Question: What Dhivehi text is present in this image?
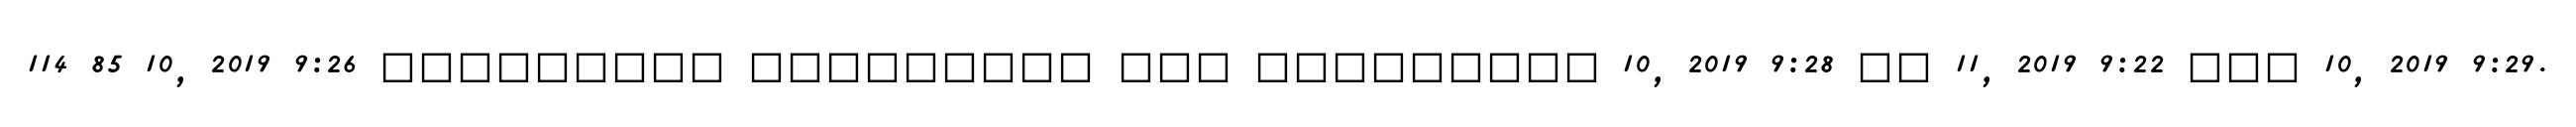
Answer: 114 85 10, 2019 9:26 ????????? ????????? ??? ????????? 10, 2019 9:28 ?? 11, 2019 9:22 ??? 10, 2019 9:29.